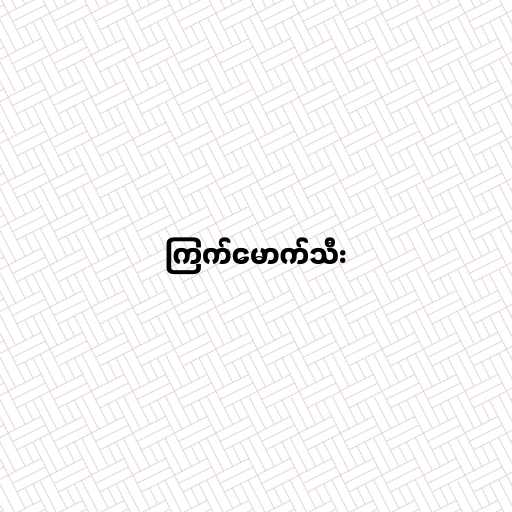
ကြက်မောက်သီး